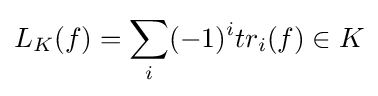
L_{K}(f)=\sum _{i}(-1)^{i}tr_{i}(f)\in K